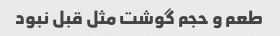
طعم و حجم گوشت مثل قبل نبود